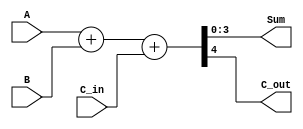
// This program was cloned from: https://github.com/TimRudy/ice-chips-verilog
// License: GNU General Public License v3.0

// 4-bit binary full adder with fast carry

module ttl_74283 #(parameter WIDTH = 4, DELAY_RISE = 0, DELAY_FALL = 0)
(
  input [WIDTH-1:0] A,
  input [WIDTH-1:0] B,
  input C_in,
  output [WIDTH-1:0] Sum,
  output C_out
);

//------------------------------------------------//
reg [WIDTH-1:0] Sum_computed;
reg C_computed;

always @(*)
begin
  {C_computed, Sum_computed} = {1'b0, A} + {1'b0, B} + C_in;
end
//------------------------------------------------//

assign #(DELAY_RISE, DELAY_FALL) Sum = Sum_computed;
assign #(DELAY_RISE, DELAY_FALL) C_out = C_computed;

endmodule